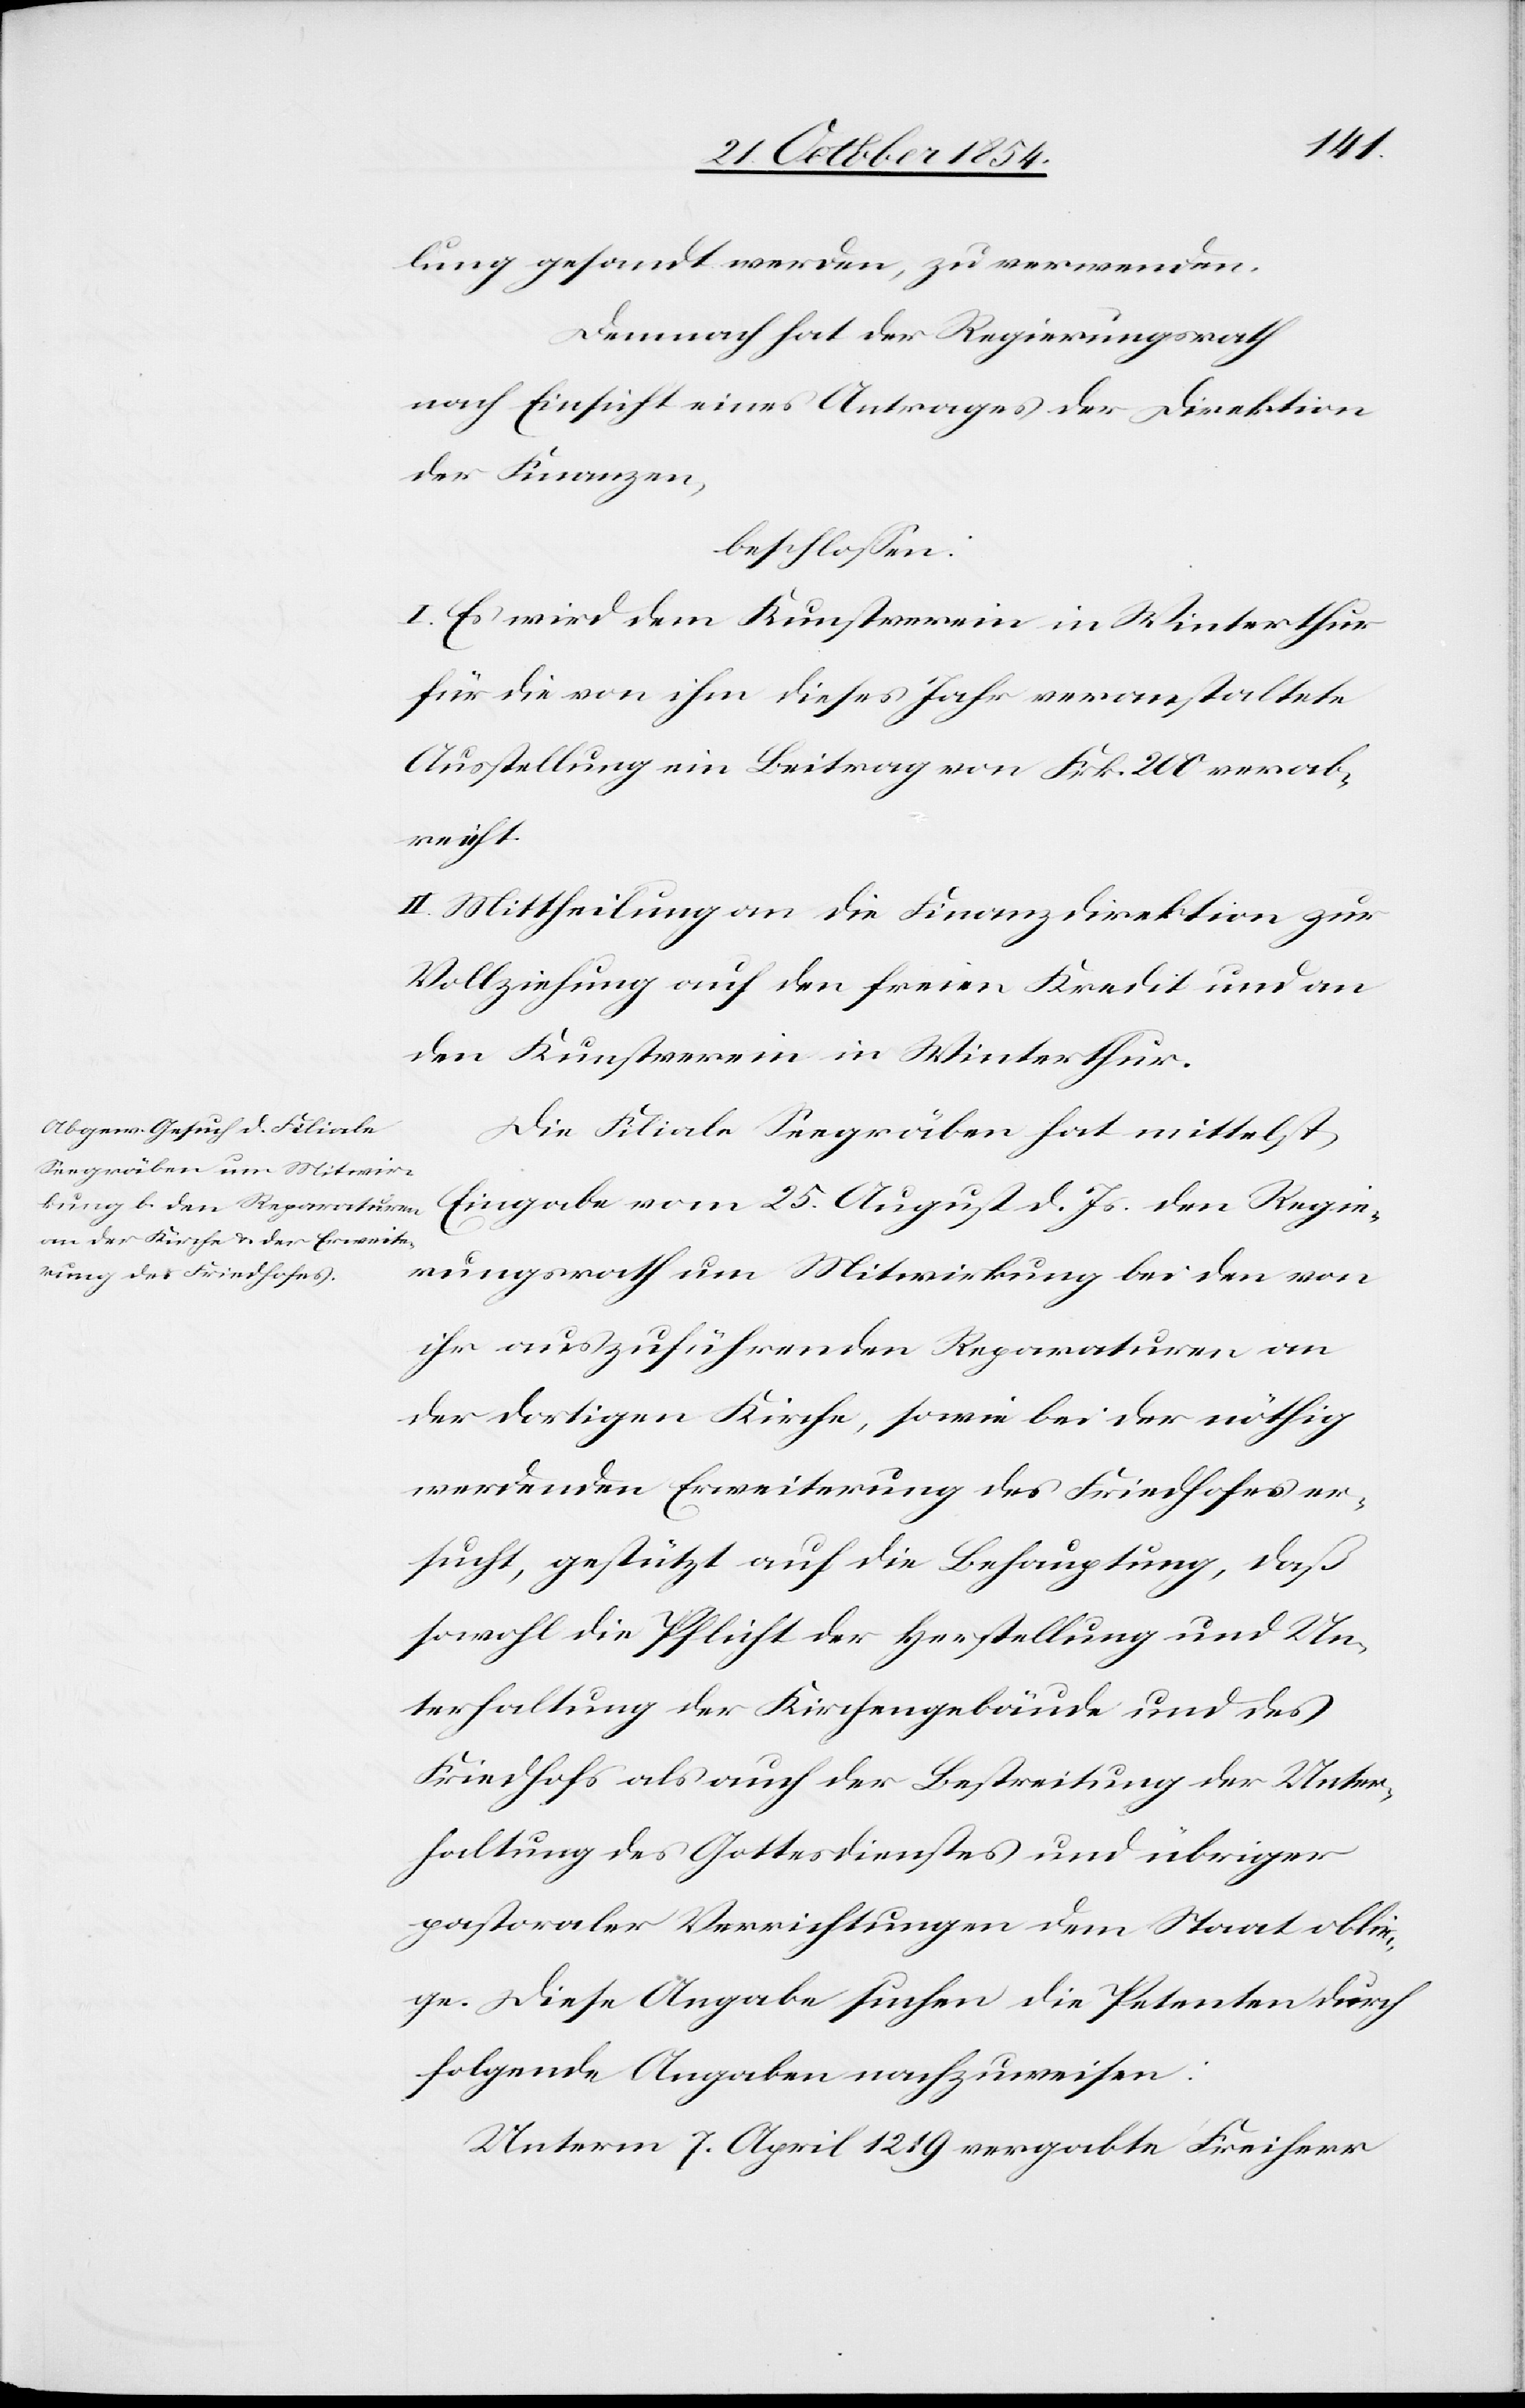
lung gesandt werden, zu verwenden.
Demnach hat der Regierungsrath
nach Einsicht eines Antrages der Direktion
der Finanzen,
beschloßen:
I. Es wird dem Kunstverein in Winterthur
für die von ihm dieses Jahr veranstaltete
Ausstellung ein Beitrag von Frk. 200 verab¬
reicht.
II. Mittheilung an die Finanzdirektion zur
Vollziehung auf den freien Kredit und an
den Kunstverein in Winterthur.
Die Filiale Seegräben hat mittelst
Eingabe vom 25. August d. Js. den Regie¬
rungsrath um Mitwirkung bei den von
ihr auszuführenden Reparaturen an
der dortigen Kirche, sowie bei der nöthig
werdenden Erweiterung des Friedhofes er¬
sucht, gestützt auf die Behauptung, daß
sowohl die Pflicht der Herstellung und Un¬
terhaltung der Kirchengebäude und des
Friedhofs als auch der Bestreitung der Unter¬
haltung des Gottesdienstes und übriger
pastoraler Verrichtungen dem Staat oblie¬
ge. Diese Angabe suchen die Petenten durch
folgende Angaben nachzuweisen.
Unterm 7. April 1219 vergabte Freiherr